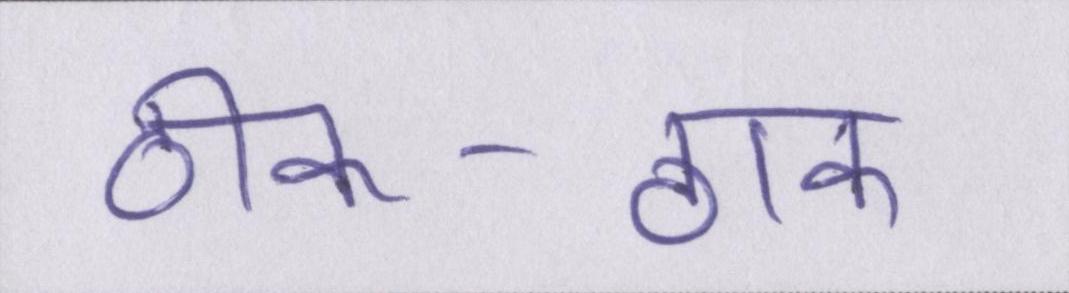
ठीक-ठाक